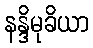
နန္ဒိမုခိယာ